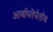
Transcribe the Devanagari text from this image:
आर्बाय्तेर्पर्ताय